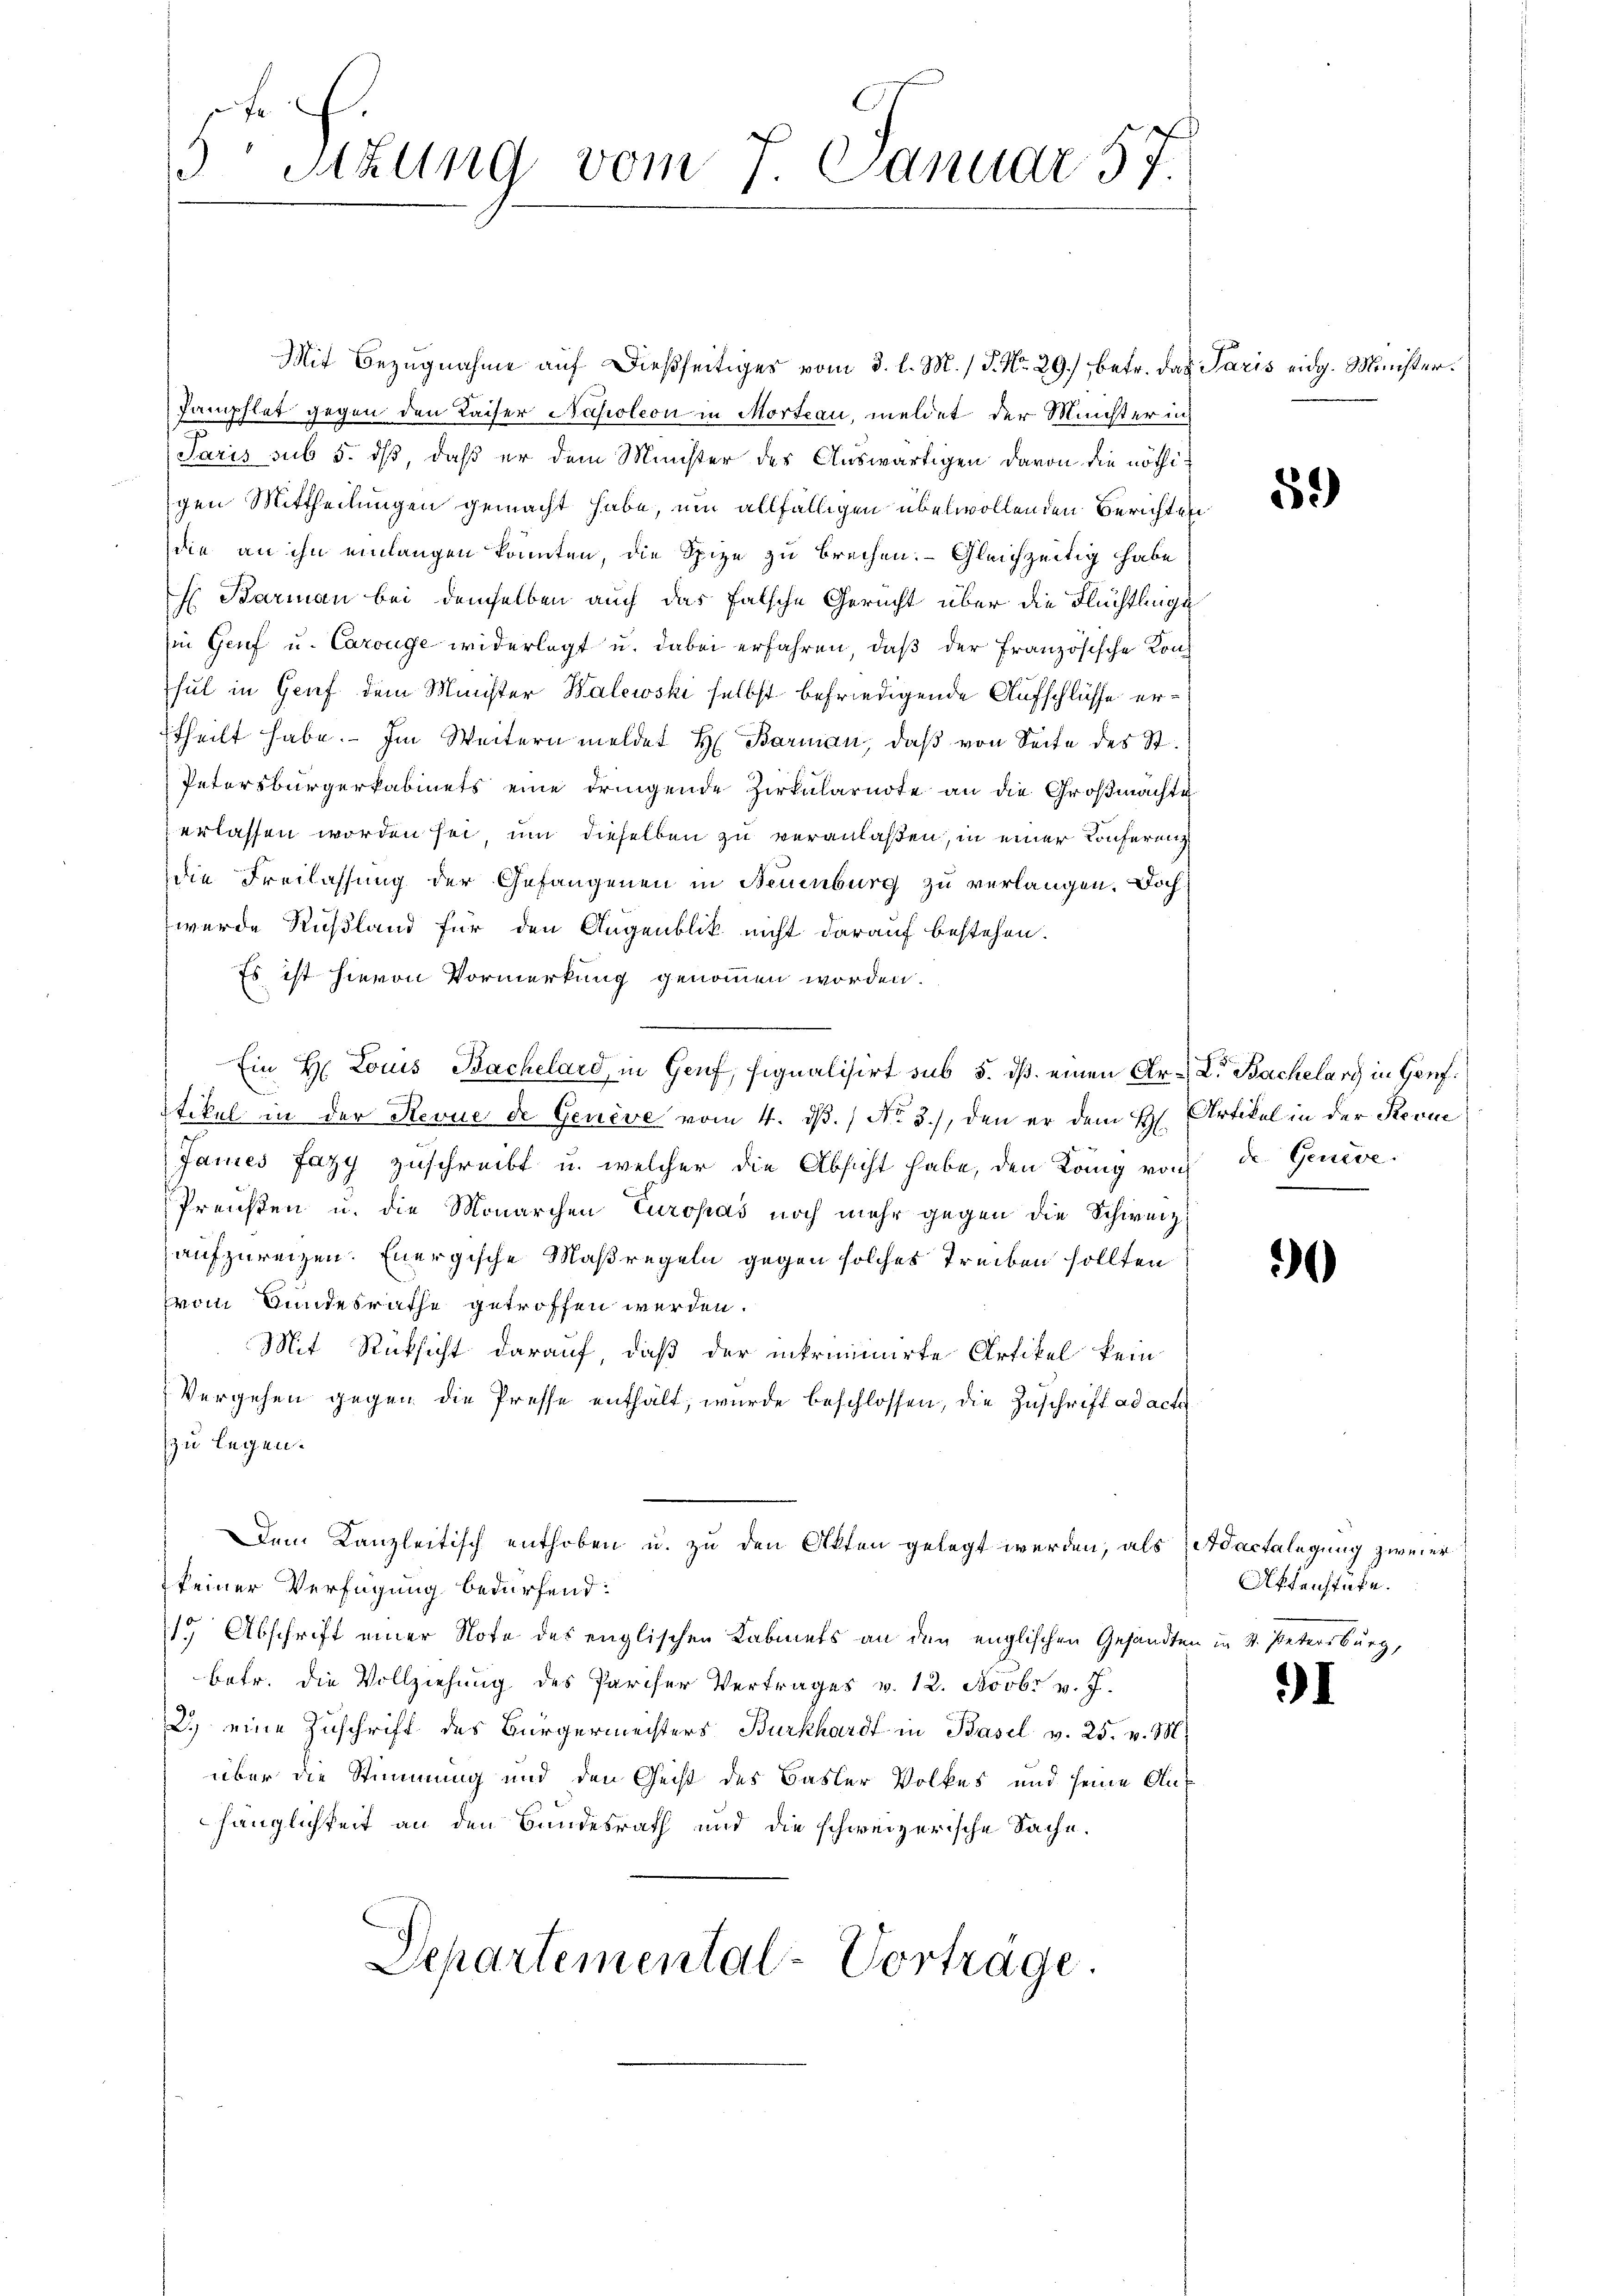
5
Stzung vom 7. Januar 57.

Mit Bezugnahme auf dießseitiges vom 3. l. M. / 5. No. 29. betr. das Paris eidg. Minister.
Pamphlet gegen den Kaiser Napoleon in Morteau, meldet der Müchter in
Paris sub 5. dß, daß er dem Minister des Auswärtigen davon die nöthigen Mittheilungen gemacht habe, um allfälligen übelwollenden Berichten
die an ihn einlangen konnten, die Spize zu brechen. Gleichzeitig habe
H Barman bei demselben auch das falsche Gericht über die Flüchtlinge
Ein Genf u. Carouge widerlegt u. dabei erfahren, daß der Französische Konsul in Graf dem Minister Walewski selbst befriedigende Aufschlüsse ertheilt habe. Im Weitern meldet H. Barman, daß von Seite des St.
Petersbürgerkabinets eine dringende Zirkularndte an die Großmachte
erlassen worden sei, um dieselben zu veranlaßen, in einer Konferenz
die Freilassung der Gefangenen in Neuenburg zu verlangen. Doch
wurde Rußland für den Augenblik nicht darauf bestehen.
Es ist hievon Vormerkung genommen worden.
Ein H. Louis Bachelard, in Genf, signalisirt sub 5. ds. einen Ar-L. Bachelarg in Genf
stikel in der Stevue de Genève vom 4. dβ. / No. 3.), den er dem H. Artikel in der Sterne
Janies Fazy zuschreibt u. welcher die Absicht habe, den König von de Geneve¬
Preußen u. die Monarchen Europas noch mehr gegen die Schweiz
aufzureizen. Energische Maßregeln gegen solches Treiben sollten
vom Bundesrathe getroffen werden.
Mit Rüksicht darauf, daß der inkriminirte Artikel kein
Vergehen gegen die Presse enthält, wurde beschlossen, die Zuschrift ad acte
zu legen.
Dem Kanzleitisch enthoben u. zu den Akten gelegt werden, als Adactelegung zweier
keiner Verfügung bedürfend:
15 Abschrift einer Note des englischen Kabinets an den englischen Gesandten in V. Petersburg,
betr. die Vollziehung des Pariser Vertrages v. 12. Novbr v. J.
2.) eine Zuschrift des Bürgermeisters Burkhardt in Basel v. 25. v. M
über die Stimmung und den Geist des Basler Volkes und seine Auhänglichkeit an den Bundesrath und die schweizerische Sache.
Departemental-Vorträge.

52)

0

Aktenstate.

I